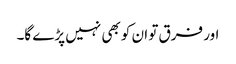
اور فرق تو ان کو بھی نہیں پڑے گا۔